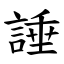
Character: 諈